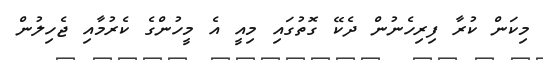
މިކަން ކުރާ ފިރިހެނުން ދެކޭ ގޮތުގައި މިއީ އެ މީހުންގެ ކެރުމާއި ޖެހިލުން